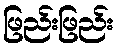
ဖြည်းဖြည်း